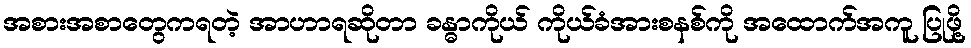
အစားအစာတွေကရတဲ့ အာဟာရဆိုတာ ခန္ဓာကိုယ် ကိုယ်ခံအားစနစ်ကို အထောက်အကူ ပြုဖို့